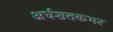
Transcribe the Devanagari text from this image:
अर्धशतकभर